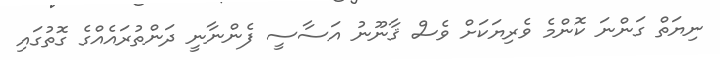
ނިޔަތް ގަންނަ ކޮންމެ ވެރިޔަކަށް ވެސް ޤާނޫނު އަސާސީ ފެންނާނީ ދަންތުރައެއްގެ ގޮތުގައި